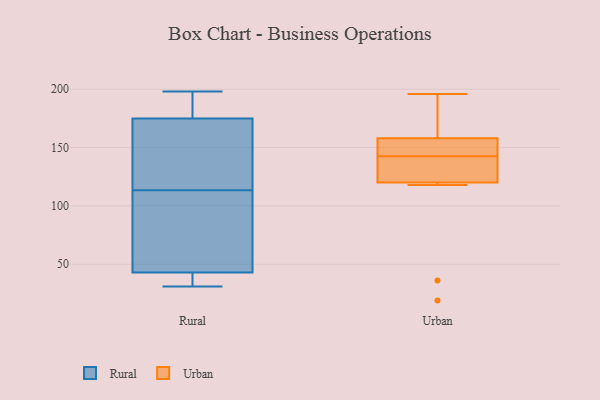
{"axis": {"x": "Headcount", "y": "Value"}, "legend": ["Rural", "Urban"], "data": [{"x": "", "y": 37, "type": "Rural"}, {"x": "", "y": 198, "type": "Rural"}, {"x": "", "y": 182, "type": "Rural"}, {"x": "", "y": 87, "type": "Rural"}, {"x": "", "y": 129, "type": "Rural"}, {"x": "", "y": 149, "type": "Rural"}, {"x": "", "y": 84, "type": "Rural"}, {"x": "", "y": 133, "type": "Rural"}, {"x": "", "y": 31, "type": "Rural"}, {"x": "", "y": 31, "type": "Rural"}, {"x": "", "y": 175, "type": "Rural"}, {"x": "", "y": 43, "type": "Rural"}, {"x": "", "y": 180, "type": "Rural"}, {"x": "", "y": 98, "type": "Rural"}, {"x": "", "y": 122, "type": "Urban"}, {"x": "", "y": 196, "type": "Urban"}, {"x": "", "y": 131, "type": "Urban"}, {"x": "", "y": 155, "type": "Urban"}, {"x": "", "y": 36, "type": "Urban"}, {"x": "", "y": 147, "type": "Urban"}, {"x": "", "y": 118, "type": "Urban"}, {"x": "", "y": 158, "type": "Urban"}, {"x": "", "y": 19, "type": "Urban"}, {"x": "", "y": 138, "type": "Urban"}, {"x": "", "y": 158, "type": "Urban"}, {"x": "", "y": 166, "type": "Urban"}]}